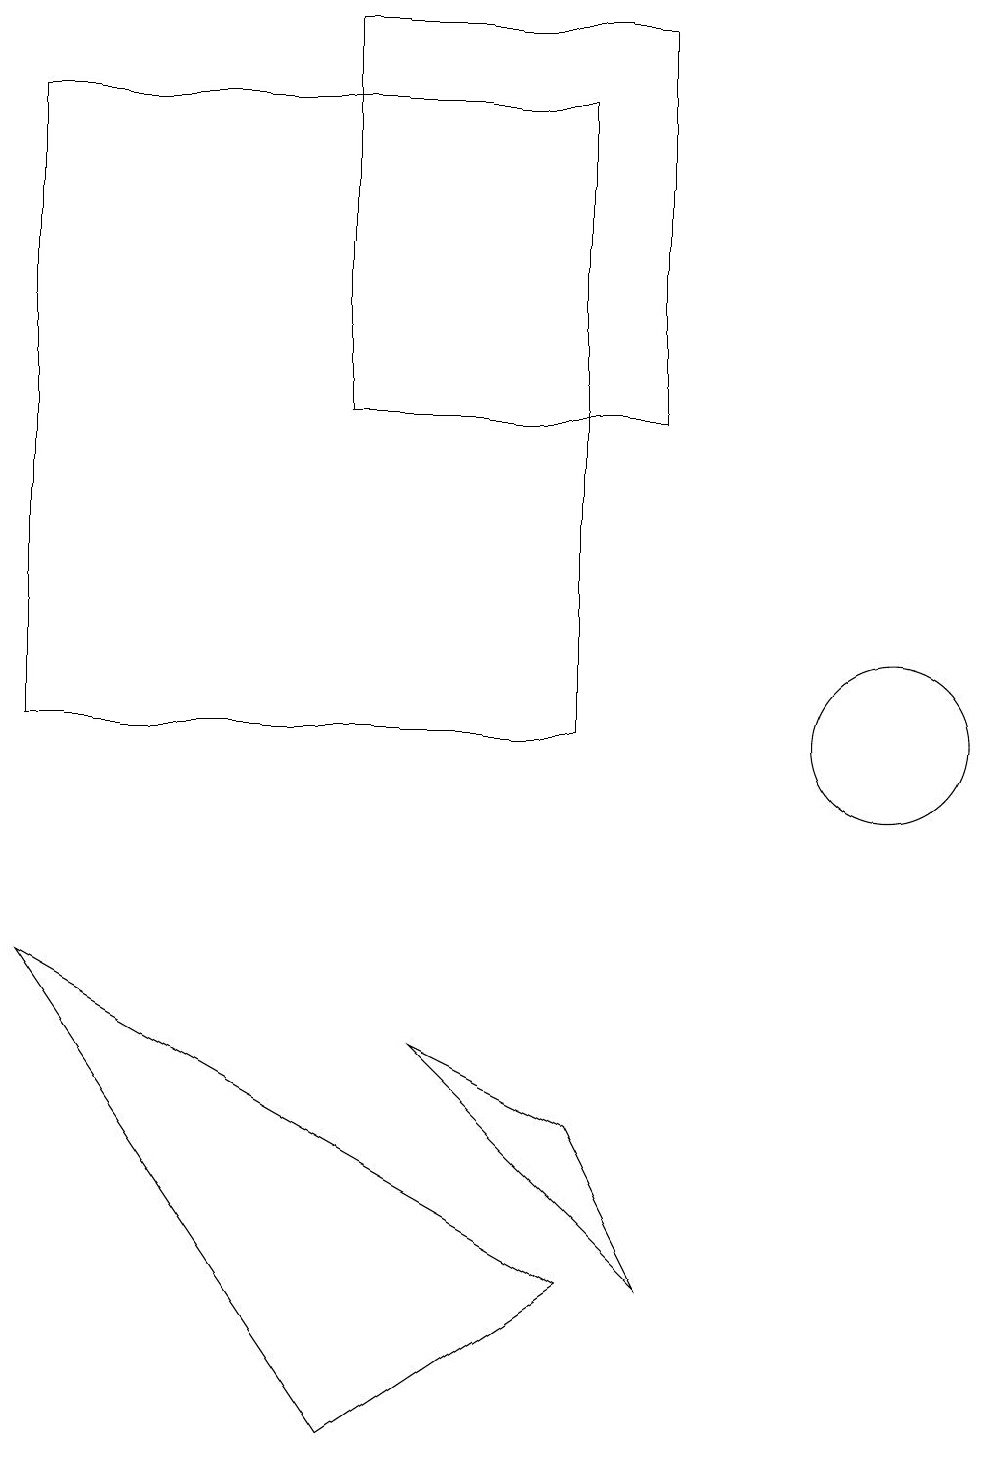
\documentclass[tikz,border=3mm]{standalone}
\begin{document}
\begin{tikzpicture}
\draw (7,18) rectangle (0,10);
\draw (7,5) -- (5,6) -- (8,3) -- cycle;
\draw (8,19) rectangle (4,14);
\draw (11,10) circle (1);
\draw (0,7) -- (4,1) -- (7,3) -- cycle;
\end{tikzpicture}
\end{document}